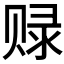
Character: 𲃃